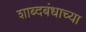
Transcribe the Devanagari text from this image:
शाब्दबंधाच्या